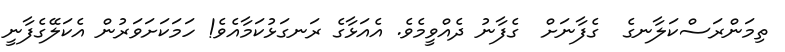
ތިމަންރަސްކަލާނގެ  ގެފާނަށް  ގެފާނު ދެއްވީމެވެ. އެއަޅާގެ ރަނގަޅުކަމާއެވެ! ހަމަކަށަވަރުން އެކަލޭގެފާނީ